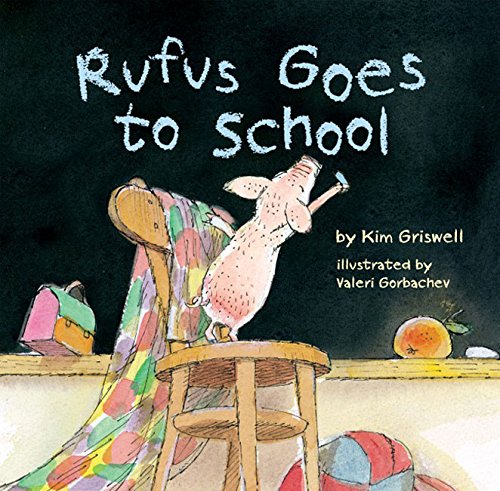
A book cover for Rufus Goes to School; Kim Griswell; Children's Books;